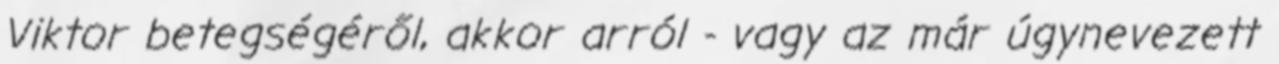
Viktor betegségéről, akkor arról - vagy az már úgynevezett